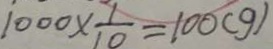
1 0 0 0 \times \frac { 1 } { 1 0 } = 1 0 0 ( g )